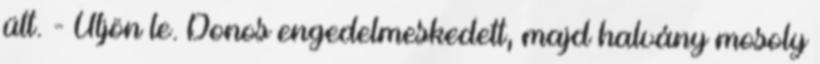
ült. - Üljön le. Donos engedelmeskedett, majd halvány mosoly